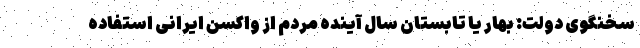
سخنگوی دولت: بهار یا تابستان سال آینده مردم از واکسن ایرانی استفاده